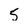
Character: 5